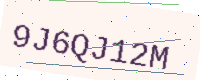
Text: 9J6QJ12M